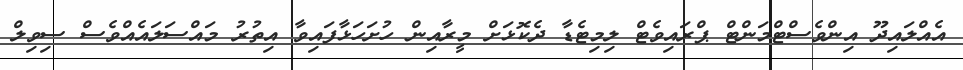
އެއްލައިދޫ އިންވެސްޓްމަންޓް ޕްރައިވެޓް ލިމިޓެޑާ ދެކޮޅަށް މީރާއިން ހުށަހަޅާފައިވާ އިތުރު މައްސަލައެއްވެސް ސިވިލް